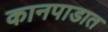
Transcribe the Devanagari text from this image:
कानपाडात